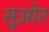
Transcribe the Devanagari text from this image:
सुओर